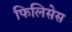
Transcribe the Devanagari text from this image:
फिलिसेस